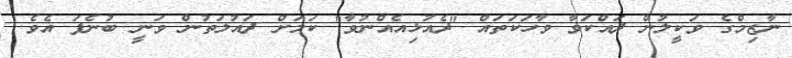
ނާޒިމްގެ ވަކީލުން ދައްކަވާ ވާހަކަތައް "ދެއުޅިއެއްނުވާ" ކަމަށް ދައުލަތުން ވަނީ ބުނެފަ އެވެ.